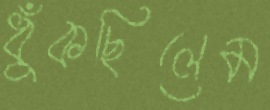
ধুঁকছিলেম